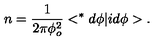
n = \frac { 1 } { 2 \pi \phi _ { o } ^ { 2 } } < ^ { * } d \phi | i d \phi > .